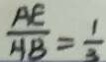
\frac { A E } { A B } = \frac { 1 } { 3 }